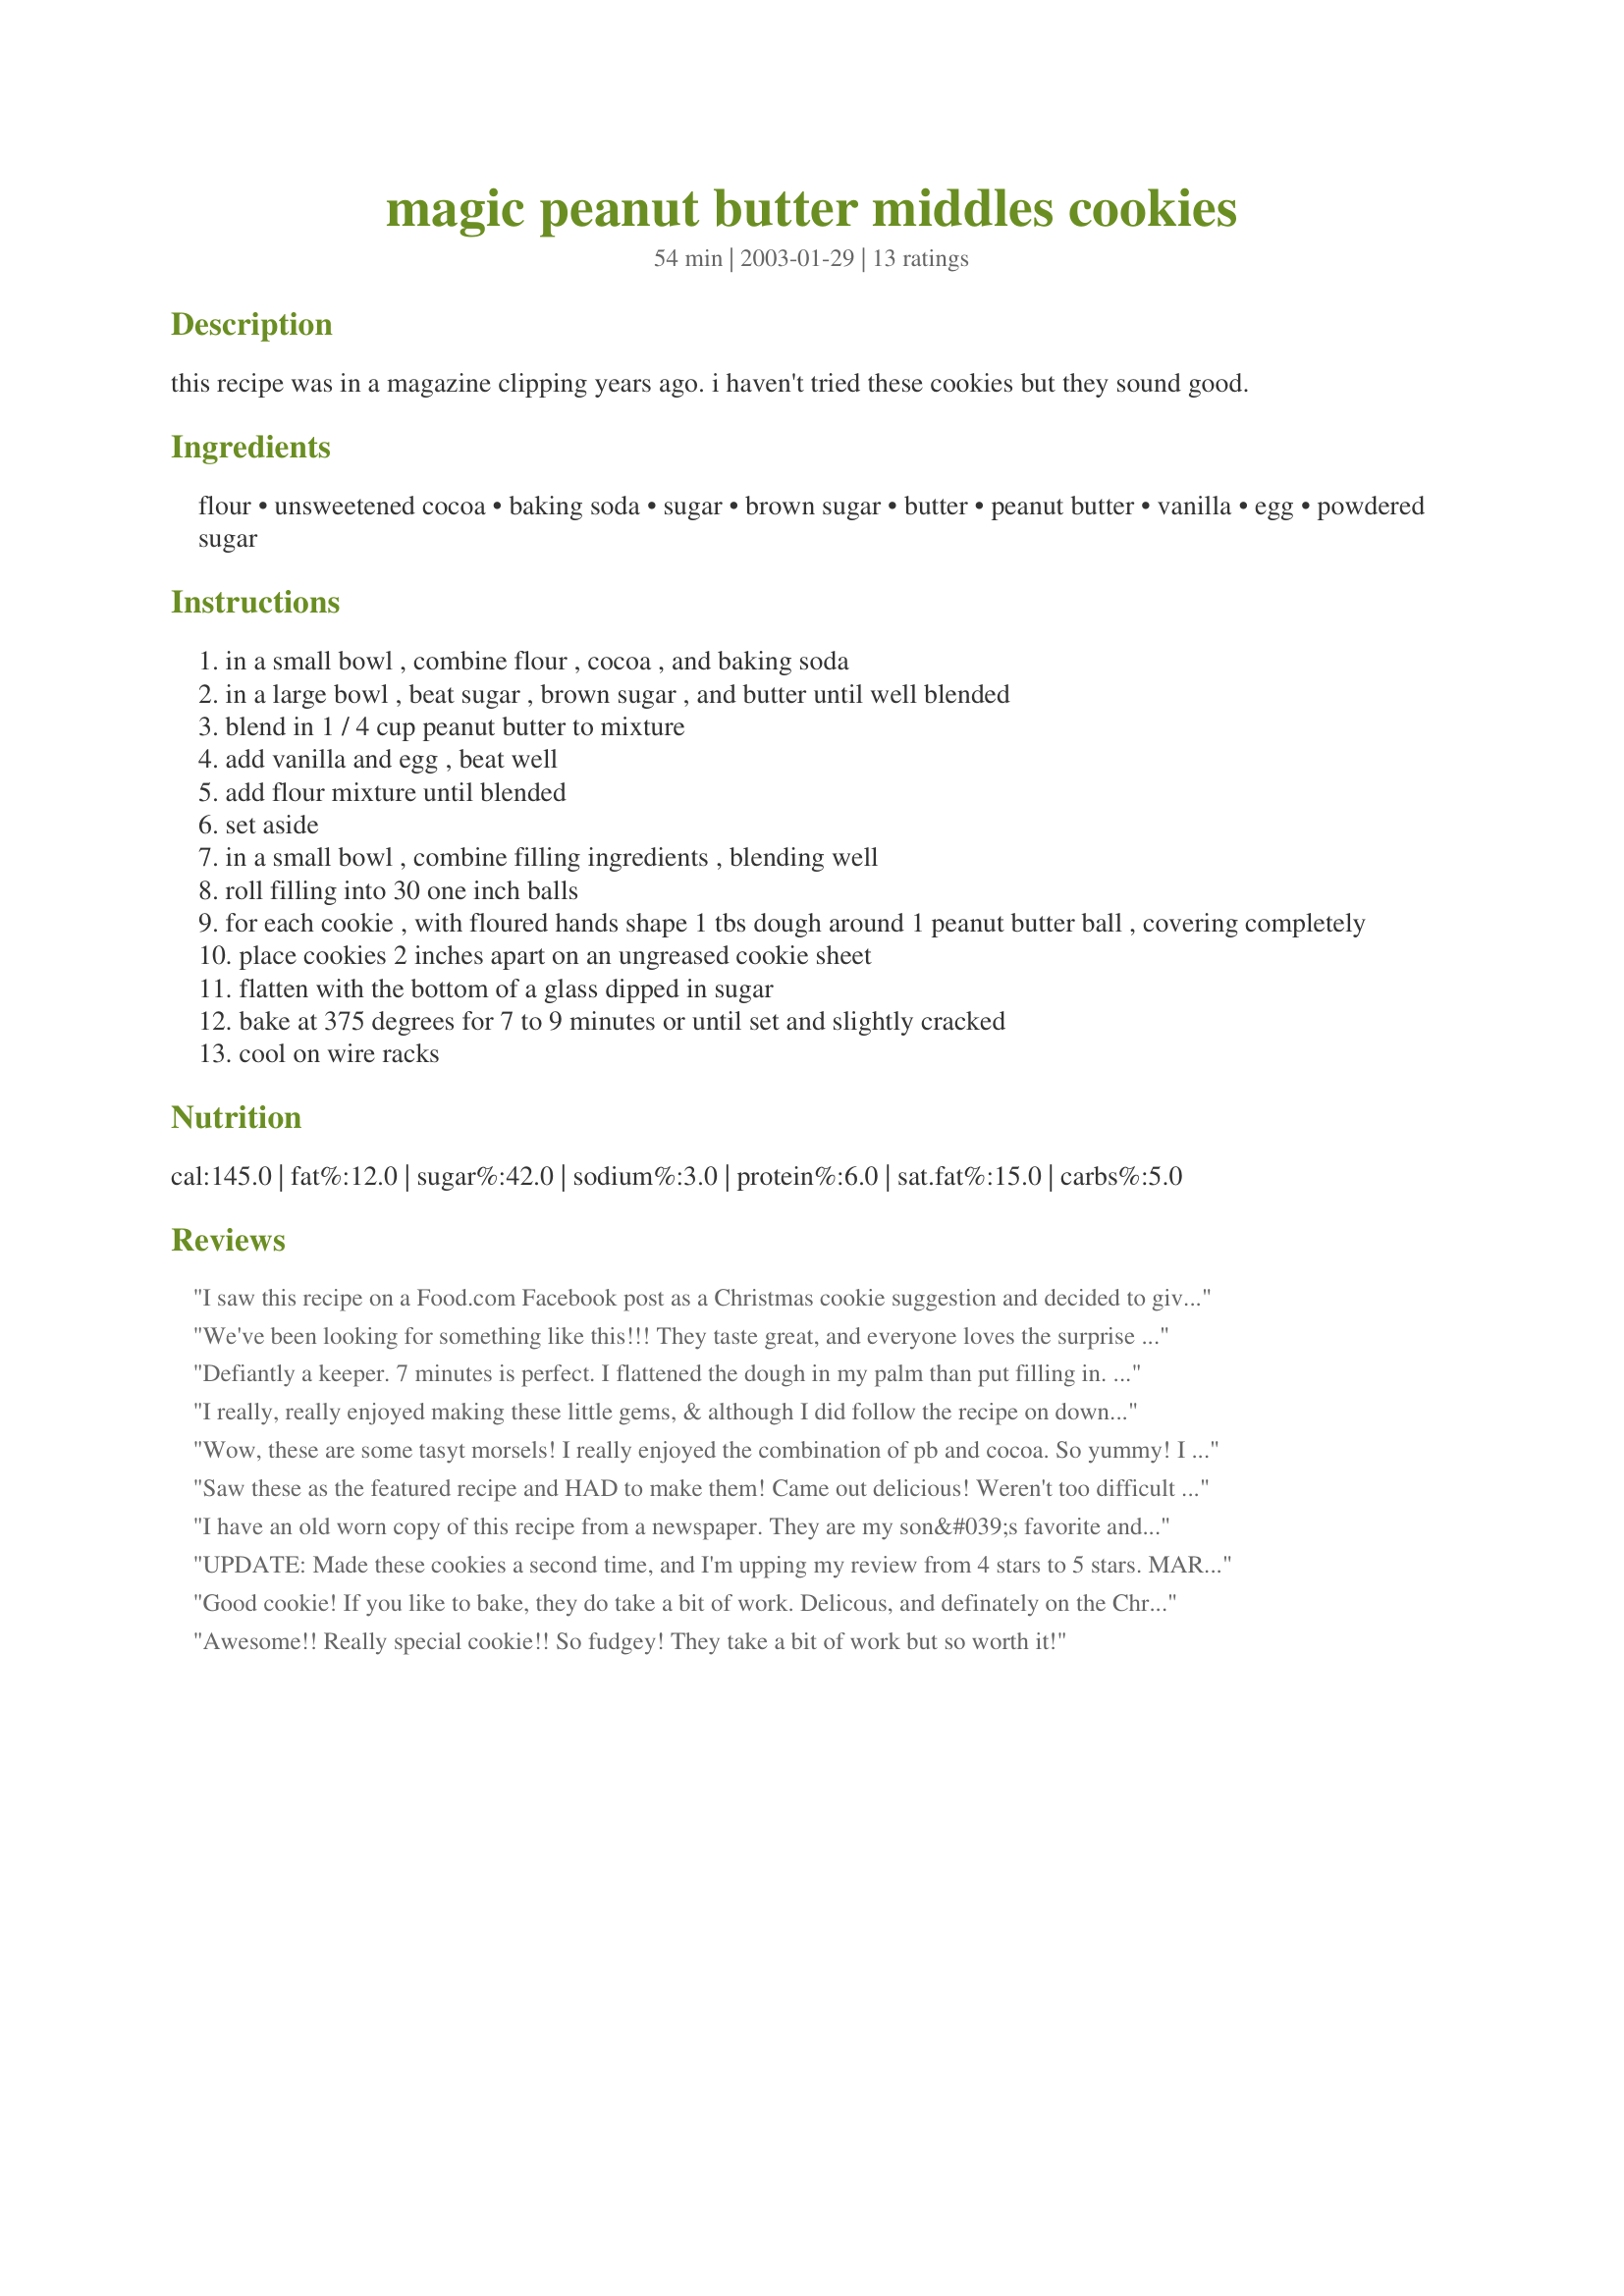
magic peanut butter middles cookies
Preparation time: 54 minutes

this recipe was in a magazine clipping years ago. i haven't tried these cookies but they sound good.

Ingredients:
flour, unsweetened cocoa, baking soda, sugar, brown sugar, butter, peanut butter, vanilla, egg, powdered sugar

Steps:
in a small bowl , combine flour , cocoa , and baking soda
in a large bowl , beat sugar , brown sugar , and butter until well blended
blend in 1 / 4 cup peanut butter to mixture
add vanilla and egg , beat well
add flour mixture until blended
set aside
in a small bowl , combine filling ingredients , blending well
roll filling into 30 one inch balls
for each cookie , with floured hands shape 1 tbs dough around 1 peanut butter ball , covering completely
place cookies 2 inches apart on an ungreased cookie sheet
flatten with the bottom of a glass dipped in sugar
bake at 375 degrees for 7 to 9 minutes or until set and slightly cracked
cool on wire racks

Reviews:
I saw this recipe on a Food.com Facebook post as a Christmas cookie suggestion and decided to give it a shot and I'm glad I did! I doubled the recipe and wound up getting 72 cookies out of it. I also had a little bit of difficultly figuring out how to get the dough to wrap around the peanut butter balls. I wound up putting the peanut butter balls in the freezer to firm them up and I added a splash of milk to the outside batter since it seemed a little crumbly and it worked like a charm! I also had trouble finding a jar that had nothing on the bottom so I didn't have imprints so I wound up using one of our drinking glasses. I agree with *Kathy* in saying that it's much easier to dip them in sugar and then press them out so the sugar stays on the cookie. I baked them for 10 minutes per tray and they came out perfect. I personally wouldn't change a thing on the ingredients because they sweet inside seems to balance well with the outside. Thank you for posting! This will definitely be added to the yearly Christmas cookie list.
We've been looking for something like this!!! They taste great, and everyone loves the surprise inside. I used Ener-G egg replacement powder mixed with water instead of the egg, due to family food allergies. I suggest dividing both the dough and filling into the same number of parts before starting assembly (a pastry mat works great!).
Defiantly a keeper. 7 minutes is perfect. I flattened the dough in my palm than put filling in. Great.
I really, really enjoyed making these little gems, & although I did follow the recipe on down, I did use an extra chunky peanut butter! Also took your introductory tip & chilled the PB balls in the freezer before working with the dough, & that, I'm sure, was what made the whole process so easy! Absolutely great for us PB fans! Thanks for sharing the recipe! [Made & reviewed as a THANK YOU for tagging in PRMR during the recent Tic-Tac-Toe event]
Wow, these are some tasyt morsels! I really enjoyed the combination of pb and cocoa. So yummy! I changed these up a bit, because I wanted to make them a bit healthier so I could eat more of them. lol<br/>So I reduced the sugar in the dough by half, used all whole wheat flour and a tad less butter. In the filling I left out the powdered sugar and it worked out perfectly. After freezing the pb balls fo a little while they could be handled easily.<br/>Thank you so much for sharing this treat with us, Alli!<br/>Made and reviewed for Everyday Is A Holiday Tag Game November 2011.
Saw these as the featured recipe and HAD to make them! Came out delicious! Weren't too difficult and go great with a glass of milk. Only change I made was adding a little bit of veg oil to the peanut butter mix to help it stick. Worked wonderfully and they came out great!
I have an old worn copy of this recipe from a newspaper. They are my son&#039;s favorite and he requests them every Christmas. Shaping takes some time but well worth the effort
UPDATE: Made these cookies a second time, and I'm upping my review from 4 stars to 5 stars. MARCH 13, 2011: A really good cookie! They look like plain chocolate cookies until you break one open. I first found this recipe on MyRecipes.com and it was called Magic in the Middles. A nice but slightly vague name, and I like your version better -- it's more indicative of what's in the cookie. I used creamy peanut butter, unsalted butter, and 1/4 tsp. salt in the dough. Also, to compensate for high altitude (6500 feet), I added an extra spoonful of flour. After forming the balls, rather than dipping a glass in sugar and flattening the cookie, it's much easier to take the ball of dough and dip the top in sugar, then flatten slightly (flatten to 1/2 inch high) with a glass. I was a bit worried about making sure there were no cracks in the cookies before they went into the oven -- wasn't sure if the filling would leak out. That was not an issue, and a few tiny cracks are okay. I baked my cookies 7 minutes and that was plenty of time. Definitely worth the time spend rolling the peanut butter centers and covering them with dough.
Good cookie! If you like to bake, they do take a bit of work. Delicous, and definately on the Christmas cookie list.<br/>Make sure the peanut butter balls are 1"or just under. And break the 1tblsp of cookie in 1/2 to "wrap" around the PB.
Awesome!! Really special cookie!! So fudgey! They take a bit of work but so worth it!
WOW!!!!The chocolate outside is great tasting but as soon as you hit the peanut butter layer, its pure heaven. My new favorite cookies by far.
This is the perfect cookie! my husband inhaled these and he doesn't try new things. I will definitely be making these often. Thanks for such a wonderful recipe!
Yum yum yum, lovely cookies was not easy to handle dough shell but still worth trying and noming these.
I made it with half white half whole wheat flour which was i think not a great idea as cookies did not rise, or maybe I had difficulty with the outer side ofthe doughs consistency?
Not a fan of peanutbutter but a hazelnutbutter, I enjoyed these and could not convince hubby to have a second bite, oh well all for me then.
